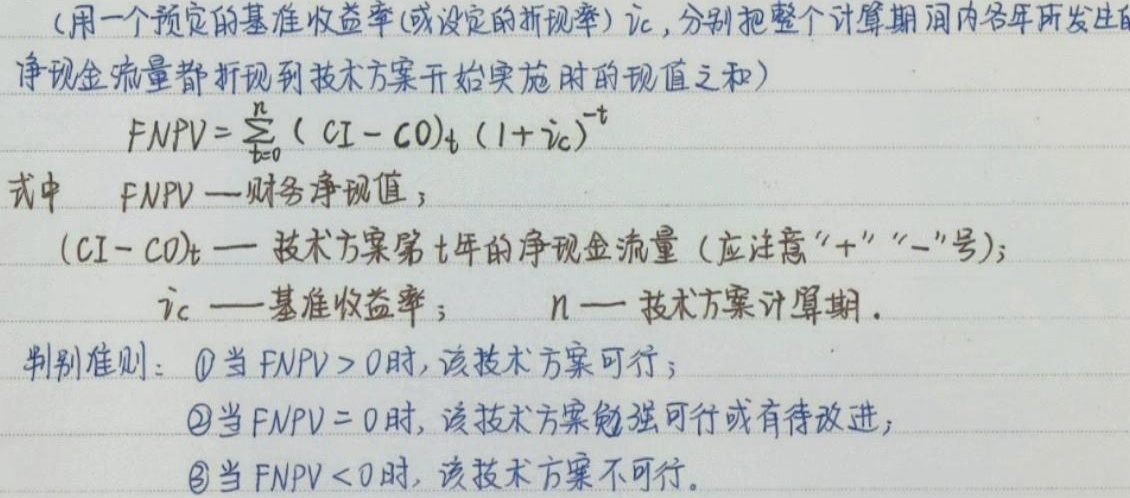
（用一个预定的基准收益率(或设定的折现率) $i_c$，分别把整个计算期间内各年所发生的净现金流量都折现到技术方案开始实施时的现值之和）

\[
FNPV = \sum_{t = 0}^{n} (CI - CO)_t (1 + i_c)^{-t}
\]

式中 $FNPV$ — 财务净现值；

$(CI - CO)_t$ — 技术方案第 $t$ 年的净现金流量（应注意“+”“-”号）；

$i_c$ — 基准收益率； $n$ — 技术方案计算期。

判别准则：\textcircled{1}当 $FNPV > 0$ 时，该技术方案可行；

\textcircled{2}当 $FNPV = 0$ 时，该技术方案勉强可行或有待改进；

\textcircled{3}当 $FNPV < 0$ 时，该技术方案不可行。